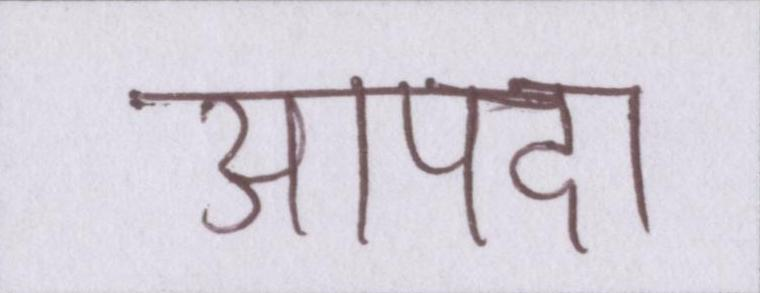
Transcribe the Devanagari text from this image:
आपदा